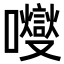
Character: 𡄕